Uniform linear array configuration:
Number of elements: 24
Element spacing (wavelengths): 0.75
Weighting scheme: kaiser
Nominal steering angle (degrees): -30
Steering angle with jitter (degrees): -31.637
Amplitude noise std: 0.05
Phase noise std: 0.05

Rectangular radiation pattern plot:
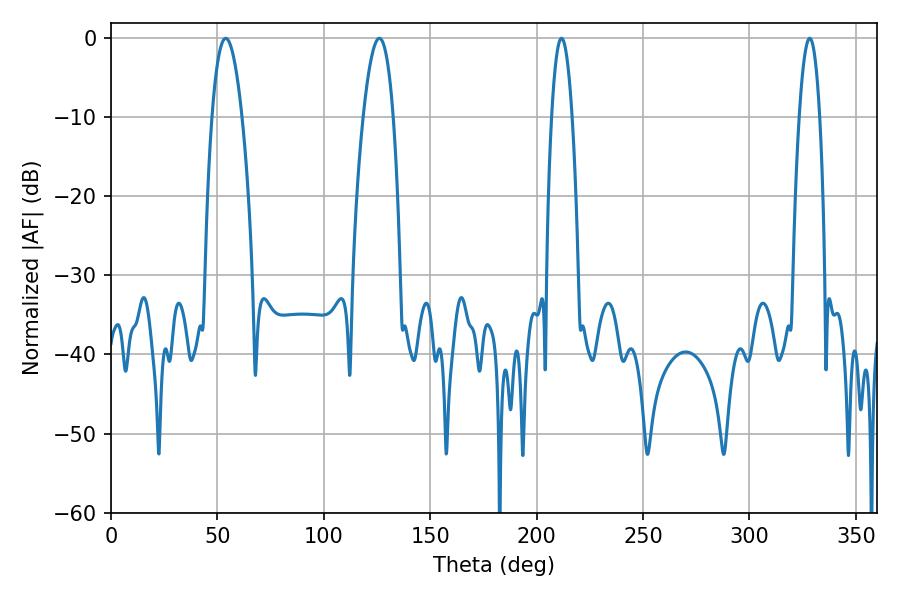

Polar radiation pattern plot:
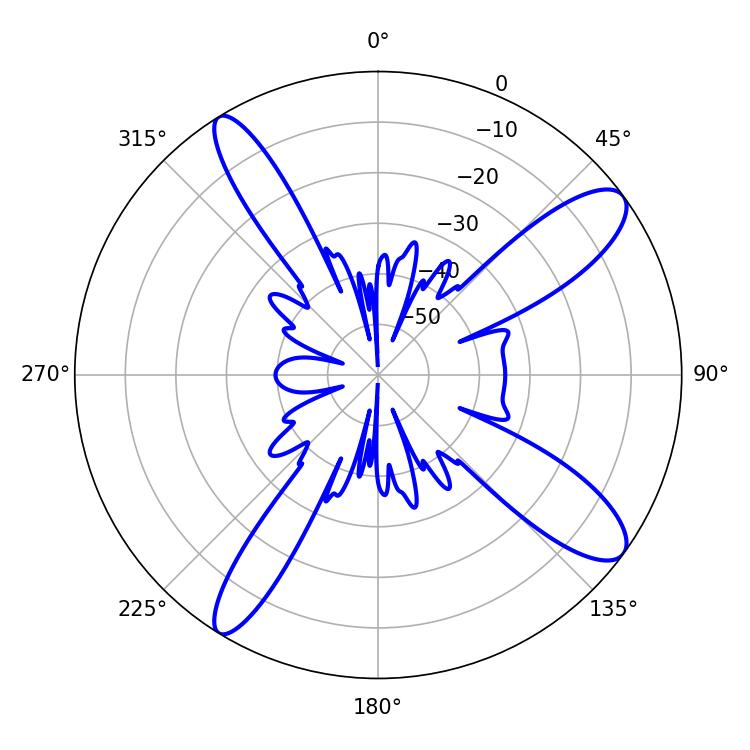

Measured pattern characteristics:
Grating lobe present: TRUE
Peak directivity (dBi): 11.831
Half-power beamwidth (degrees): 5.22
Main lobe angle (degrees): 211.68